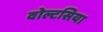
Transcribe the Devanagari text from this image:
वोल्टसिया